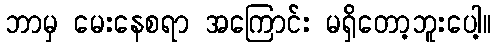
ဘာမှ မေးနေစရာ အကြောင်း မရှိတော့ဘူးပေါ့။